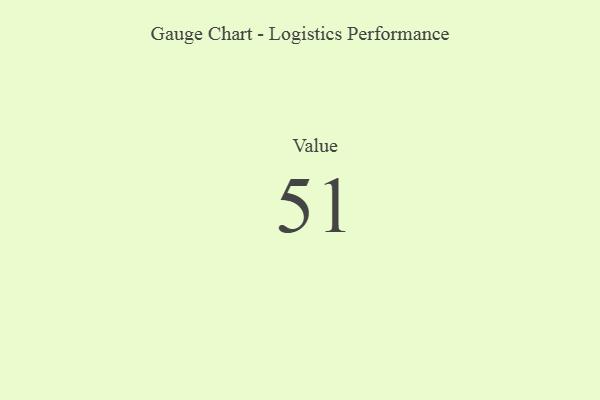
{"axis": {"x": "Metric", "y": "Value"}, "legend": [""], "data": [{"x": "Value", "y": 51, "type": ""}]}